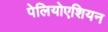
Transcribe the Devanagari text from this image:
पेलियोएशियन